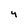
Character: 4